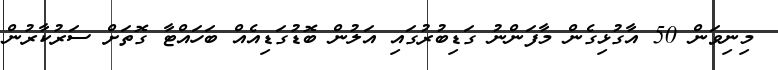
މިނިވަން 50 އާގުޅިގެން މާފަންނު ގަޑިބުރުގައި އަލުން ބޮޑުގަޑިއެއް ބަހައްޓާ ގޮތަށް ސަރުކާރުން